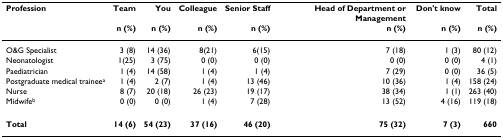
<table><thead><tr><td><b>Profession</b></td><td><b>Team</b></td><td><b>You</b></td><td><b>Colleague</b></td><td><b>Senior Staff</b></td><td><b>Head of Department or Management </b></td><td><b>Don&#x27;t know </b></td><td><b>Total</b></td></tr><tr><td></td><td><b>n (%)</b></td><td><b>n (%)</b></td><td><b>n (%)</b></td><td><b>n (%)</b></td><td><b>n (%)</b></td><td><b>n (%)</b></td><td><b>n (%)</b></td></tr></thead><tbody><tr><td>O&amp;G Specialist</td><td>3 (8)</td><td>14 (36)</td><td>8(21)</td><td>6(15)</td><td>7 (18)</td><td>1 (3)</td><td>80 (12)</td></tr><tr><td>Neonatologist</td><td>1(25)</td><td>3 (75)</td><td>0 (0)</td><td>0 (0)</td><td>0 (0)</td><td>0 (0)</td><td>4 (1)</td></tr><tr><td>Paediatrician</td><td>1 (4)</td><td>14 (58)</td><td>1 (4)</td><td>1 (4)</td><td>7 (29)</td><td>0 (0)</td><td>36 (5)</td></tr><tr><td>Postgraduate medical trainee<sup>a</sup></td><td>1 (4)</td><td>2 (7)</td><td>1 (4)</td><td>13 (46)</td><td>10 (36)</td><td>1 (4)</td><td>158 (24)</td></tr><tr><td>Nurse</td><td>8 (7)</td><td>20 (18)</td><td>26 (23)</td><td>19 (17)</td><td>38 (34)</td><td>1 (1)</td><td>263 (40)</td></tr><tr><td>Midwife<sup>b</sup></td><td>0 (0)</td><td>0 (0)</td><td>1 (4)</td><td>7 (28)</td><td>13 (52)</td><td>4 (16)</td><td>119 (18)</td></tr><tr><td><b>Total</b></td><td><b>14 (6)</b></td><td><b>54 (23)</b></td><td><b>37 (16)</b></td><td><b>46 (20)</b></td><td><b>75 (32)</b></td><td><b>7 (3)</b></td><td><b>660</b></td></tr></tbody></table>